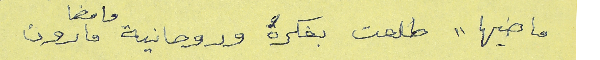
ماضيها "طلعت بفكرة" وروحانية وامضا مارون